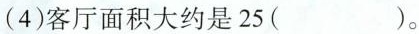
(4)客厅面积大约是25( )。